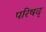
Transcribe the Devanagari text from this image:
परिषद्‍